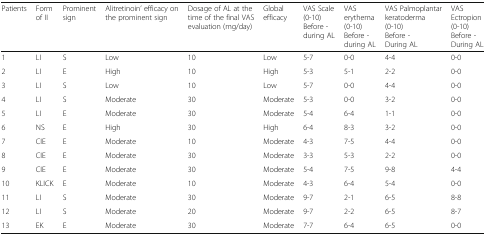
<table><thead><tr><td><b>Patients</b></td><td><b>Form of II</b></td><td><b>Prominent sign</b></td><td><b>Alitretinoin’ efficacy on the prominent sign</b></td><td><b>Dosage of AL at the time of the final VAS evaluation (mg/day)</b></td><td><b>Global efficacy</b></td><td><b>VAS Scale (0-10)Before - during AL</b></td><td><b>VAS erythema (0-10)Before - during AL</b></td><td><b>VAS Palmoplantar keratoderma(0-10)Before - During AL</b></td><td><b>VASEctropion(0-10)Before - During AL</b></td></tr></thead><tbody><tr><td>1</td><td>LI</td><td>S</td><td>Low</td><td>10</td><td>Low</td><td>5-7</td><td>0-0</td><td>4-4</td><td>0-0</td></tr><tr><td>2</td><td>LI</td><td>E</td><td>High</td><td>10</td><td>High</td><td>5-3</td><td>5-1</td><td>2-2</td><td>0-0</td></tr><tr><td>3</td><td>LI</td><td>S</td><td>Low</td><td>10</td><td>Low</td><td>5-7</td><td>0-0</td><td>4-4</td><td>0-0</td></tr><tr><td>4</td><td>LI</td><td>S</td><td>Moderate</td><td>30</td><td>Moderate</td><td>5-3</td><td>0-0</td><td>3-2</td><td>0-0</td></tr><tr><td>5</td><td>LI</td><td>E</td><td>Moderate</td><td>30</td><td>Moderate</td><td>5-4</td><td>6-<strike>4</strike></td><td>1-1</td><td>0-0</td></tr><tr><td>6</td><td>NS</td><td>E</td><td>High</td><td>30</td><td>High</td><td>6-4</td><td>8-3</td><td>3-2</td><td>0-0</td></tr><tr><td>7</td><td>CIE</td><td>E</td><td>Moderate</td><td>10</td><td>Moderate</td><td>4-3</td><td>7-5</td><td>4-4</td><td>0-0</td></tr><tr><td>8</td><td>CIE</td><td>E</td><td>Moderate</td><td>30</td><td>Moderate</td><td>3-3</td><td>5-3</td><td>2-2</td><td>0-0</td></tr><tr><td>9</td><td>CIE</td><td>E</td><td>Moderate</td><td>30</td><td>Moderate</td><td>5-4</td><td>7-5</td><td>9-8</td><td>4-4</td></tr><tr><td>10</td><td>KLICK</td><td>E</td><td>Moderate</td><td>10</td><td>Moderate</td><td>4-3</td><td>6-4</td><td>5-4</td><td>0-0</td></tr><tr><td>11</td><td>LI</td><td>S</td><td>Moderate</td><td>30</td><td>Moderate</td><td>9-7</td><td>2-1</td><td>6-5</td><td>8-8</td></tr><tr><td>12</td><td>LI</td><td>S</td><td>Moderate</td><td>20</td><td>Moderate</td><td>9-7</td><td>2-2</td><td>6-5</td><td>8-7</td></tr><tr><td>13</td><td>EK</td><td>E</td><td>Moderate</td><td>30</td><td>Moderate</td><td>7-7</td><td>6-4</td><td>6-5</td><td>0-0</td></tr></tbody></table>